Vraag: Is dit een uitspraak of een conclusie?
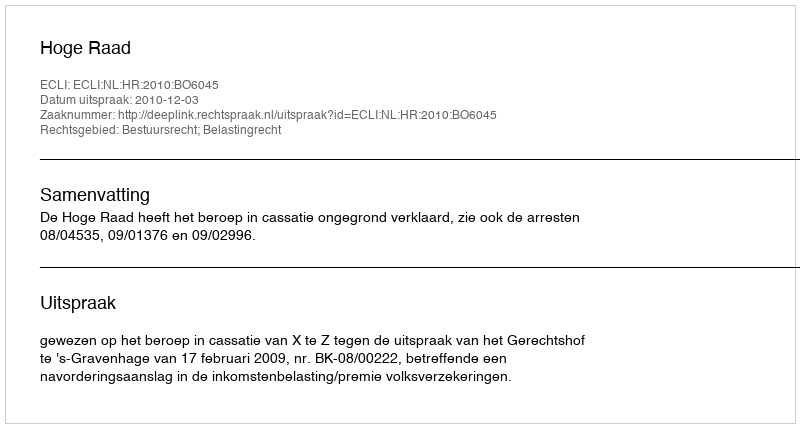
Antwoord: Uitspraak